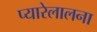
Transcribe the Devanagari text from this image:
प्यारेलालना